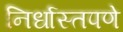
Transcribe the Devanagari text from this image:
निर्धास्तपणे